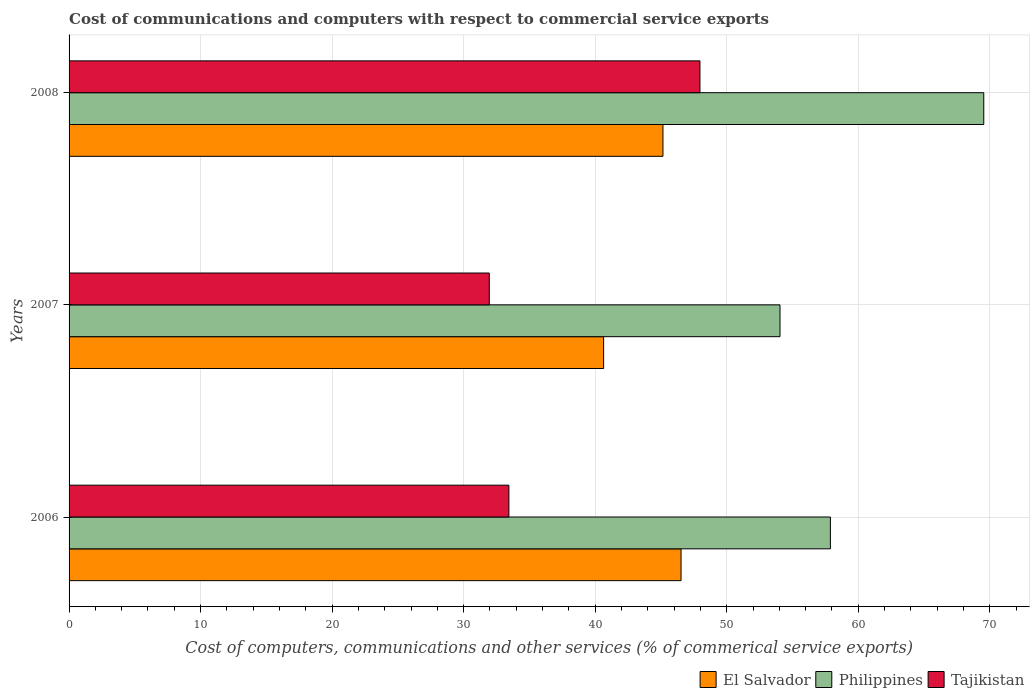
| Years | El Salvador | Philippines | Tajikistan |
 | --- | --- | --- | --- |
 | 2006 | 46.5 | 57.9 | 33.4 |
 | 2007 | 40.6 | 54 | 31.9 |
 | 2008 | 45.2 | 69.5 | 48 |